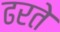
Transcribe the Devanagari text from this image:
ढरते